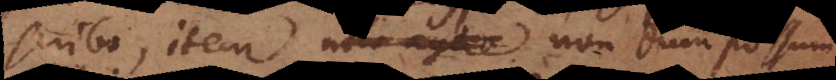
scribo, item nolo agere nondum possum